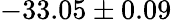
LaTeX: -33.05\pm 0.09